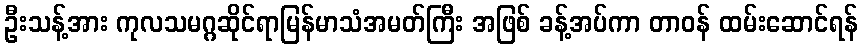
ဦးသန့်အား ကုလသမဂ္ဂဆိုင်ရာမြန်မာသံအမတ်ကြီး အဖြစ် ခန့်အပ်ကာ တာဝန် ထမ်းဆောင်ရန်